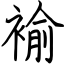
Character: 褕